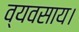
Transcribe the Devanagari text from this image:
व्यवसाय।